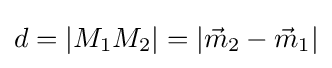
d=|M_{1}M_{2}|=|{\vec {m}}_{2}-{\vec {m}}_{1}|